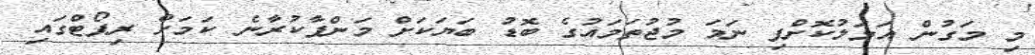
މި މަގުން އަމަލުކޮށްފި ނަމަ މުޖުތަމައުގެ ބޮޑު ބަޔަކަށް މަންފާކުރާނެ ކަމަށް ރިޕޯޓްގައި